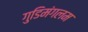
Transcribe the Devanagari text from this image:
गुडिमंगलम